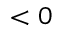
< 0